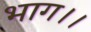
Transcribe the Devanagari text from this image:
भाग।।